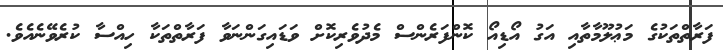
ފަރާތްތަކުގެ މަޢުލޫމާތާއި އަގު އޯޑިއޯ ކޮންފަރެންސް މެދުވެރިކޮށް ވަޑައިގަންނަވާ ފަރާތްތަކާ ހިއްސާ ކުރެވޭނެއެވެ.